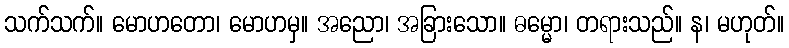
သက်သက်။ မောဟတော၊ မောဟမှ။ အညော၊ အခြားသော။ ဓမ္မော၊ တရားသည်။ န၊ မဟုတ်။